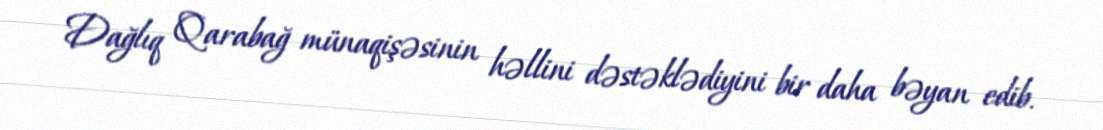
Dağlıq Qarabağ münaqişəsinin həllini dəstəklədiyini bir daha bəyan edib.